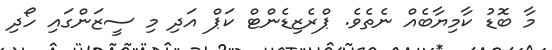
މާ ބޮޑު ކާމިޔާބެއް ނެތެވެ. ޕްރެޒިޑެންޓް ކަޕް އަދި މި ސީޒަންގައި ހޯދި